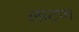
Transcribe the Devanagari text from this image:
लाटण